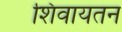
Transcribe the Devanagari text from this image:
शिवायतन